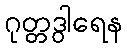
ဂုတ္တဒွါရေန